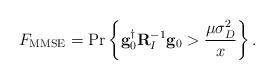
LaTeX: \begin{align*} {F_{\rm MMSE}} = \Pr\left\{ {\bf{g}}_0^\dag {\bf{R}}_I^{ - 1}{{\bf{g}}_0} > \frac{{\mu \sigma _D^2}}{x} \right\}.\end{align*}